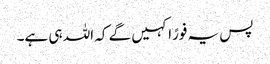
پس یہ فورًا کہیں گے کہ اللہ ہی ہے۔